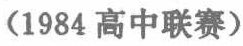
（1984 高中联赛）